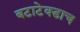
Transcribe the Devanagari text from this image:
बटाटेवडाच